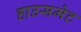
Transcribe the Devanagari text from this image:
हाउसमेट